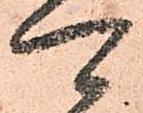
可